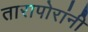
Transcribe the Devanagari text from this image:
तारापोरांनी